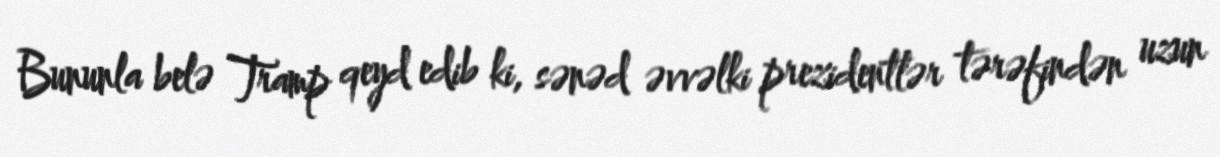
Bununla belə Tramp qeyd edib ki, sənəd əvvəlki prezidentlər tərəfindən uzun